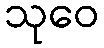
သုဝေ